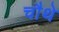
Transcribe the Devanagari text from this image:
चाैथे